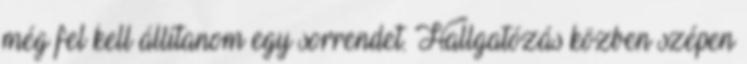
még fel kell állítanom egy sorrendet. Hallgatózás közben szépen